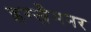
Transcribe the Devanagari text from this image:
इग्ज़ैमनर